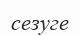
сезуге